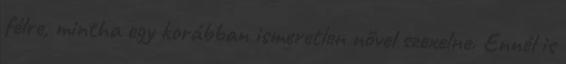
félre, mintha egy korábban ismeretlen nővel szexelne. Ennél is